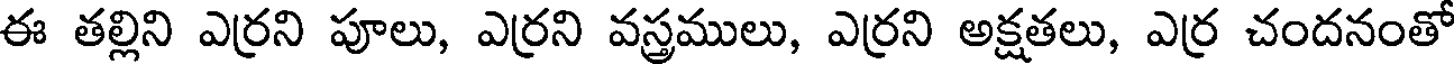
ఈ తల్లిని ఎర్రని పూలు, ఎర్రని వస్త్రములు, ఎర్రని అక్షతలు, ఎర్ర చందనంతో